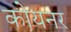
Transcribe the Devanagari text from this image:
कोयनर